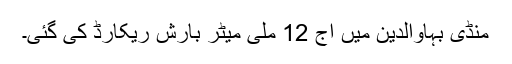
منڈی بہاوالدین میں آج 12 ملی میٹر بارش ریکارڈ کی گئی۔